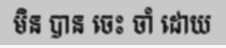
មិន បាន ចេះ ចាំ ដោយ